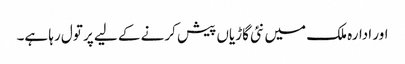
اور ادارہ ملک میں نئی گاڑیاں پیش کرنے کے لیے پر تول رہا ہے۔